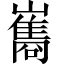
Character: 巂